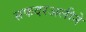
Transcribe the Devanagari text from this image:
सफदरअलीने